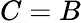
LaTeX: C=B